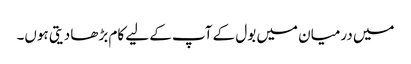
میں درمیان میں بول کے آپ کے لیے کام بڑھا دیتی ہوں۔